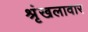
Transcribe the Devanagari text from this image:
श्रृंखलावार